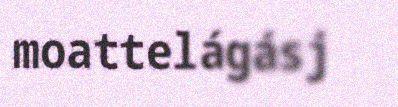
moattelágásj